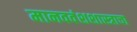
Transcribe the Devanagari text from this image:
मानववंशशास्त्राचा